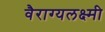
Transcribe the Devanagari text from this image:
वैराग्यलक्ष्मी